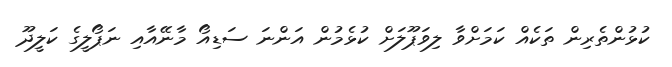
ކުޅުންތެރިން ތަކެއް ކަމަށްވާ ލިވަޕޫލަށް ކުޅެމުން އަންނަ ސަޑިއޯ މާނޭއާއި ނަޕޯލީގެ ކަލީދޫ